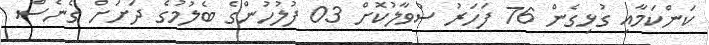
ކަންކަމާއި ގުޅިގެން 76 ފަހަރު ސުވާލުކޮށް 03 ފުލުހުންގެ ބެލުމުގެ ދަށަށް ގެނެސް